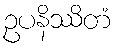
ဥပနိဿိတံ